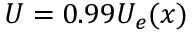
U = 0 . 9 9 U _ { e } ( x )